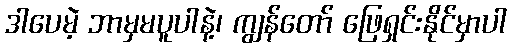
ဒါပေမဲ့ ဘာမှမပူပါနဲ့၊ ကျွန်တော် ဖြေရှင်းနိုင်မှာပါ